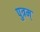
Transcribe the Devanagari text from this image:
पुत्रम्‌